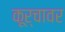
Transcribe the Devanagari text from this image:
कूर्चावर